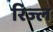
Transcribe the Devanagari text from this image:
रिज्ल